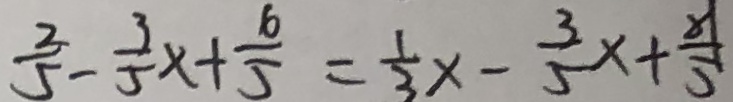
\frac { 2 } { 5 } - \frac { 3 } { 5 } x + \frac { 6 } { 5 } = \frac { 1 } { 3 } x - \frac { 3 } { 5 } x + \frac { 8 1 } { 5 }